38_143685_box7_Incident_Summaries_1-100
Agency: Department of War
Page 58
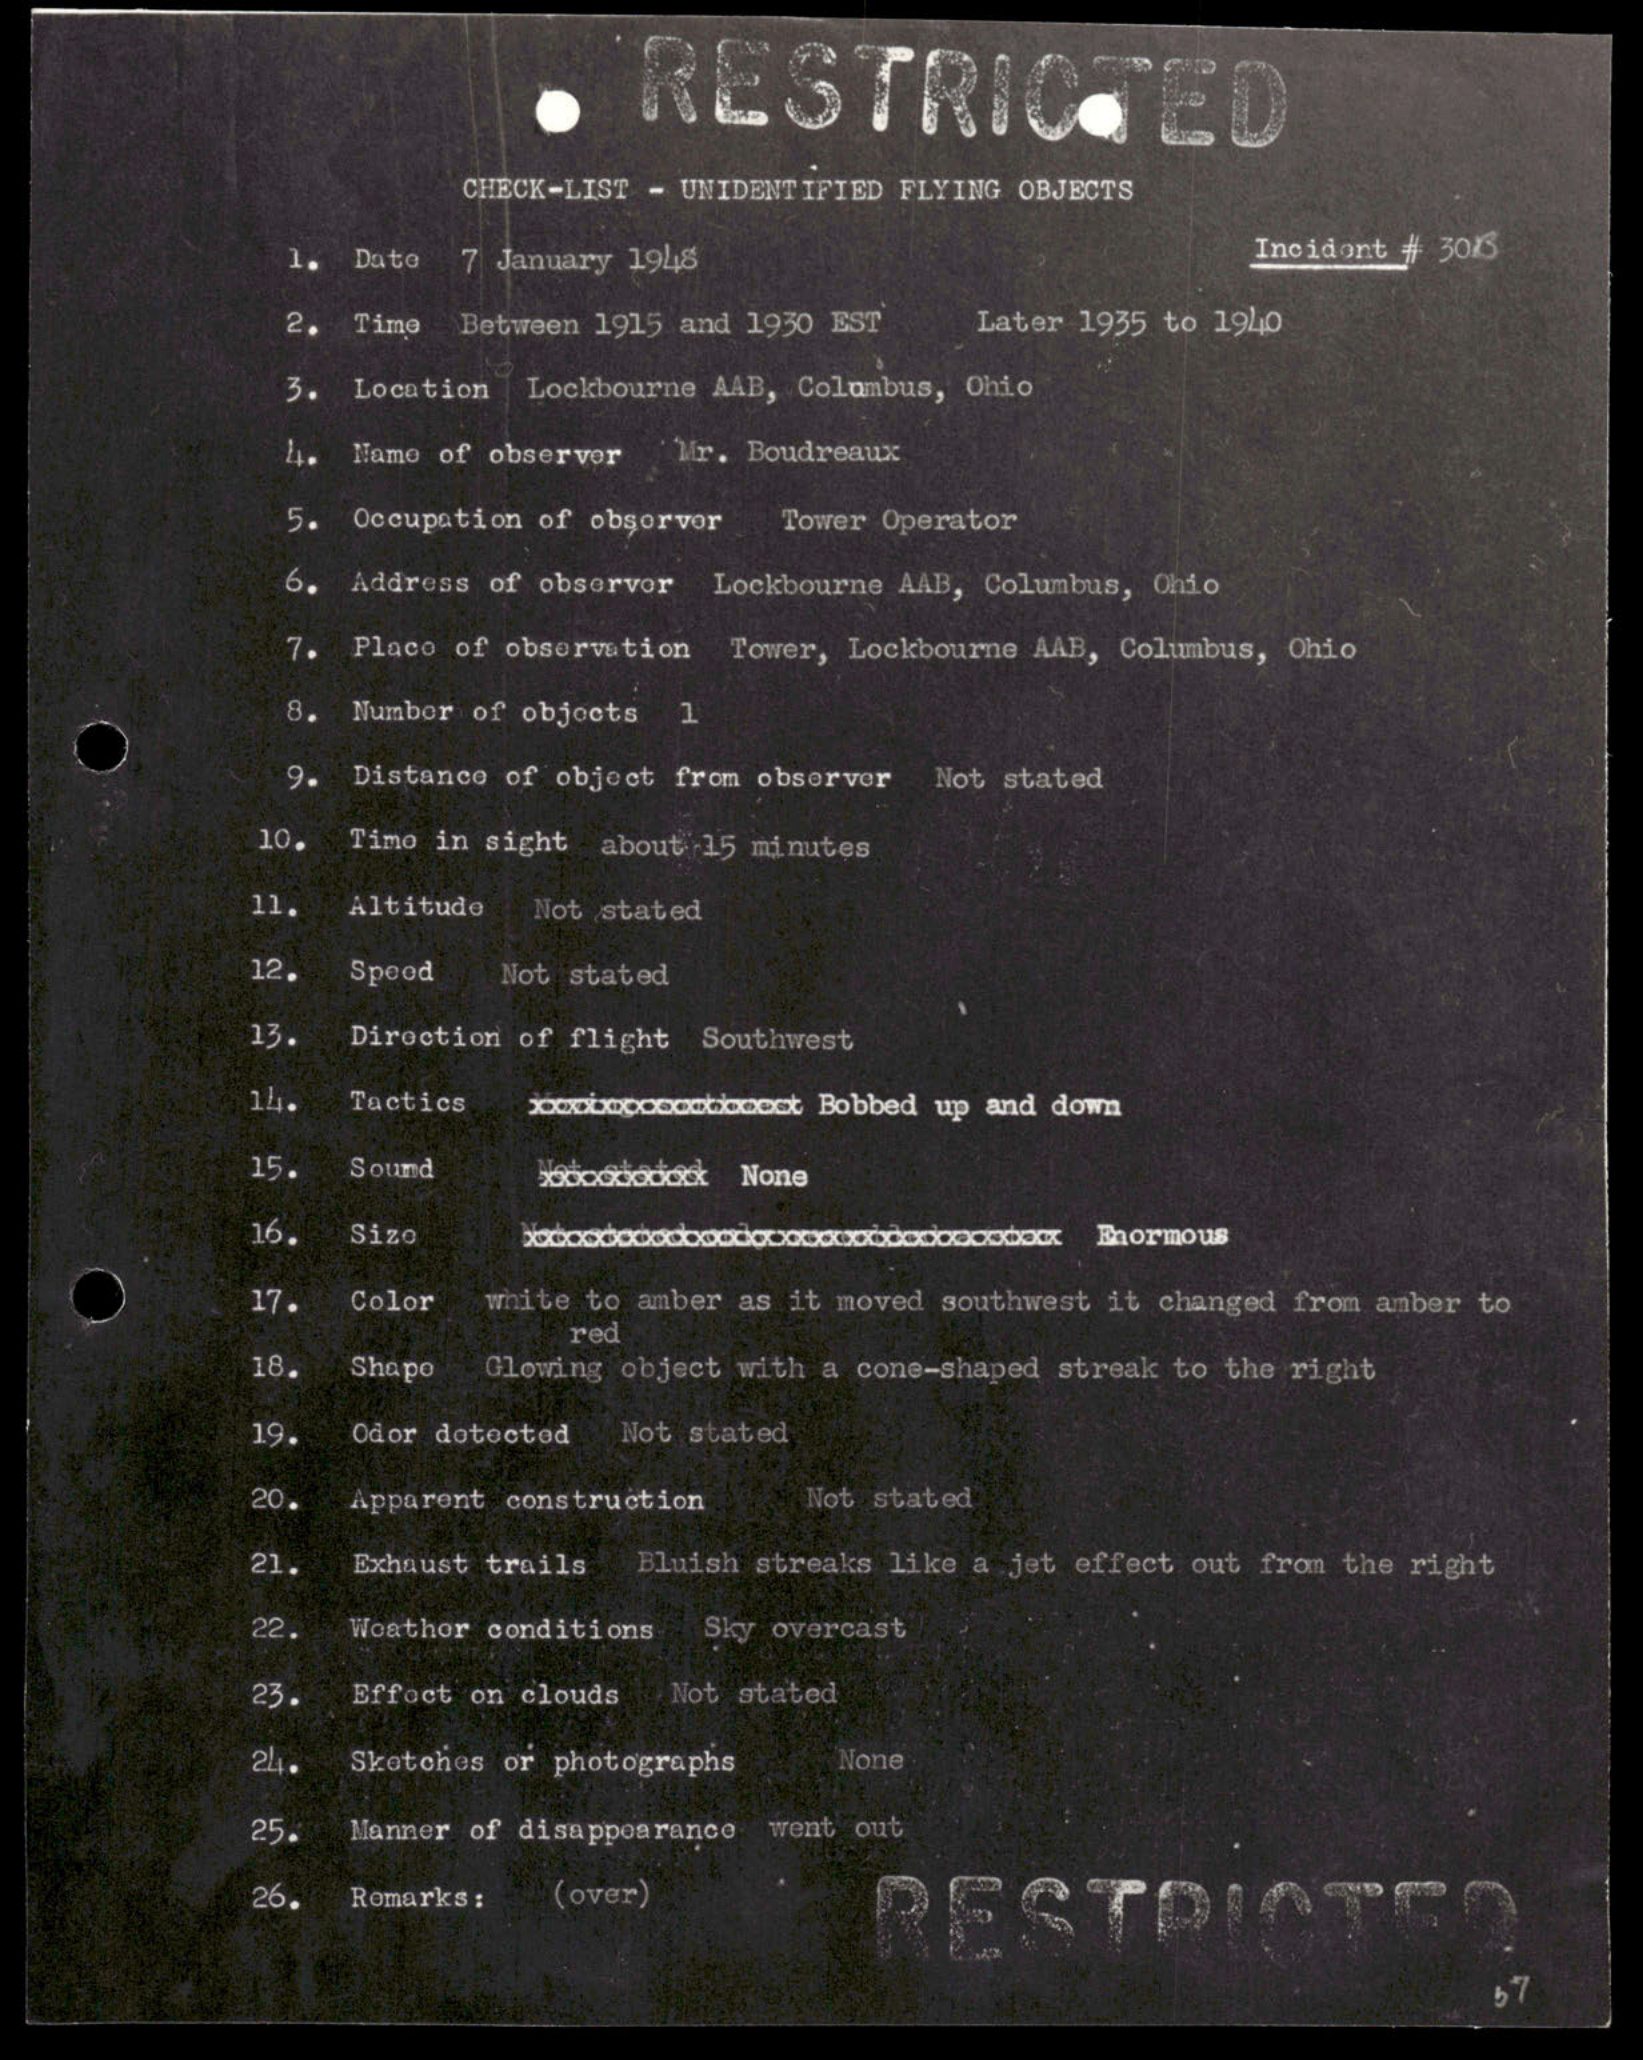